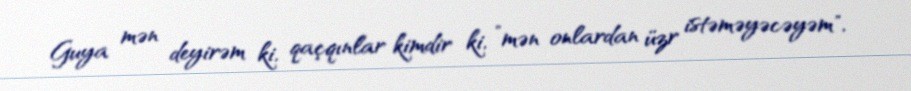
Guya mən deyirəm ki, qaçqınlar kimdir ki, ”mən onlardan üzr istəməyəcəyəm",